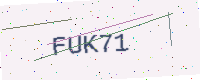
Text: FUK71